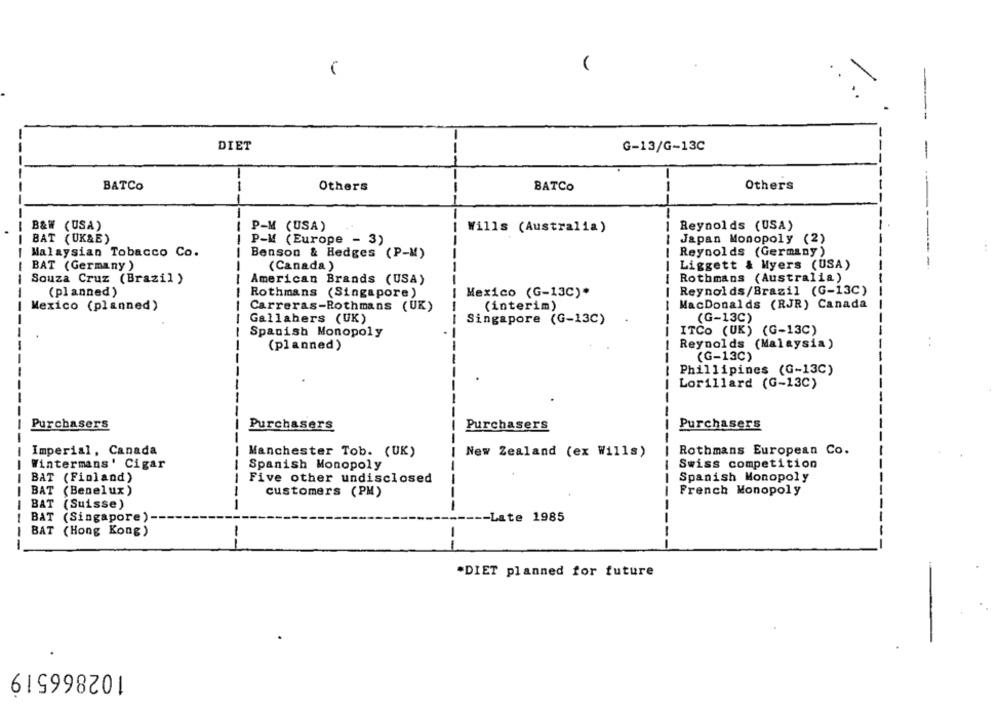
DIET
G-13/G-13C
BATCO
Others
Others
BATCO
---
----
B&W (USA)
P-M (USA)
Wills (Australia)
Reynolds (USA)
BAT (UK&E)
P-M (Europe - 3)
Japan Monopoly (2)
Malaysian Tobacco Co.
Benson & Hedges (P-M)
Reynolds (Germany)
Liggett & Myers (USA)
-
BAT (Germany)
(Canada )
Souza Cruz (Brazil )
Rothmans (Australia)
American Brands (USA)
(planned)
Rothmans (Singapore)
Mexico (G-13C)*
Reynolds/Brazil (G-13C)
Mexico (planned)
Carreras-Rothmans (UK)
(interim)
MacDonalds (RJR) Canada
Gallahers (UK)
Singapore (G-13C)
(G-13C)
Spanish Monopoly
ITCO (UK) (G-13C)
(planned)
Reynolds (Malaysia)
..
(G-13C)
Phillipines (G-13C)
Lorillard (G-13C)
Purchasers
Purchasers
Purchasers
Purchasers
Imperial, Canada
Manchester Tob. (UK)
New Zealand (ex Wills)
Rothmans European Co.
Wintermans' Cigar
Swiss competition
Spanish Monopoly
BAT (Finland)
Five other undisclosed
Spanish Monopoly
BAT (Benelux)
customers (PM)
French Monopoly
BAT (Suisse)
-
BAT (Singapore) ---
Late 1985
BAT (Hong Kong)
-
--
--
.DIET planned for future
102866519